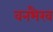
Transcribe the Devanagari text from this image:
वनभैरव